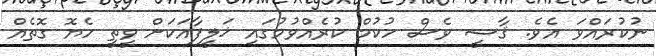
ނުކުރައްވަ އެވެ. ޤާޟީ ވެސް ހުކުމް ކުރެއްވުމުގައި ޚަލީފާއަކަށް ވީތީ ހެޔޮ ގޮތެއް